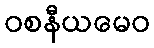
ဝစနီယမေဝ